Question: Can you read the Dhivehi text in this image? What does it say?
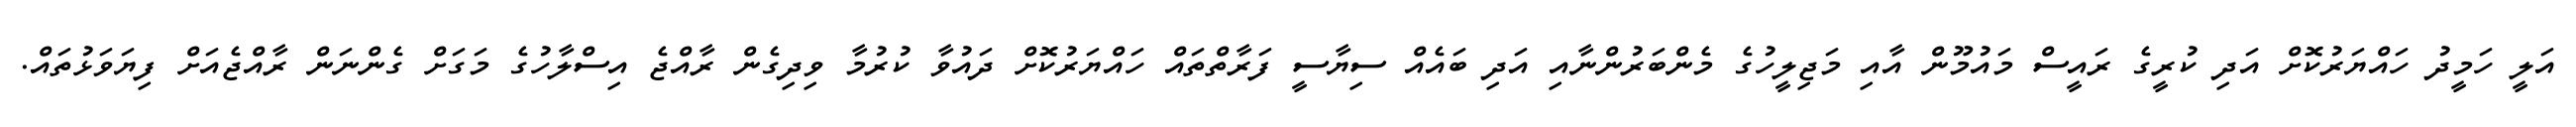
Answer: އަލީ ހަމީދު ހައްޔަރުކޮށް އަދި ކުރީގެ ރައީސް މައުމޫން އާއި މަޖިލީހުގެ މެންބަރުންނާއި އަދި ބައެއް ސިޔާސީ ފަރާތްތައް ހައްޔަރުކޮށް ދައުވާ ކުރުމާ ވިދިގެން ރާއްޖެ އިސްލާހުގެ މަގަށް ގެންނަން ރާއްޖެއަށް ފިޔަވަޅުތައް.